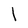
Character: l